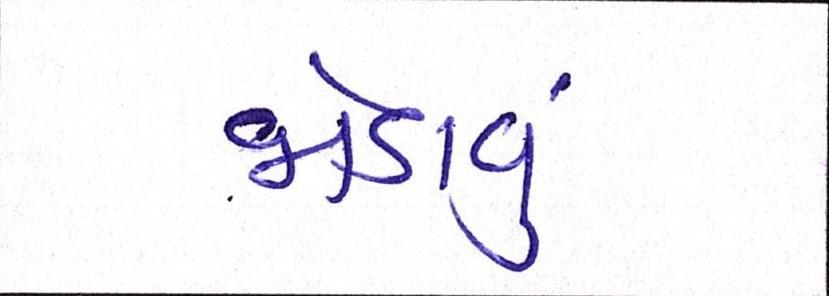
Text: જોડાવું